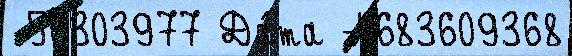
 56303977 Да́та -4683609368